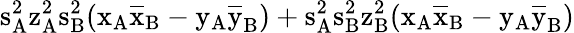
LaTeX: \mathrm{s_{A}^{2}\mathrm{z_{A}^{2}\mathrm{s_{B}^{2}(\mathrm{x_{A}\mathrm{\overline{{x}}_{B}-\mathrm{y_{A}\mathrm{\overline{{y}}_{B})+\mathrm{s_{A}^{2}\mathrm{s_{B}^{2}\mathrm{z_{B}^{2}(\mathrm{x_{A}\mathrm{\overline{{x}}_{B}-\mathrm{y_{A}\mathrm{\overline{{y}}_{B})}}}}}}}}}}}}}}